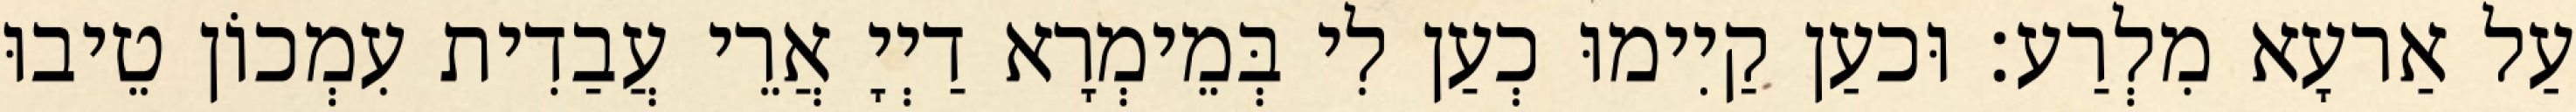
עַל אַרעָא מִלְרַע׃ וּכעַן קַיִימוּ כְעַן לִי בְּמֵימְרָא דַיְיָ אֲרֵי עֲבַדִית עִמְכוֹן טֵיבוּ